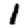
Digit: 1